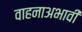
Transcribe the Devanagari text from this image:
वाहनाअभावी